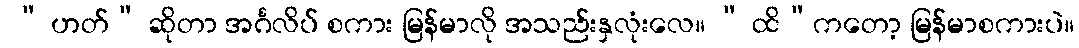
 “ ဟတ်” ဆိုတာ အင်္ဂလိပ် စကား မြန်မာလို အသည်းနှလုံးလေ။ “ ထိ”ကတော့ မြန်မာစကားပဲ။